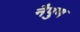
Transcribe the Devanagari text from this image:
नैपुण